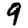
Digit: 9